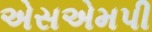
એસએમપી